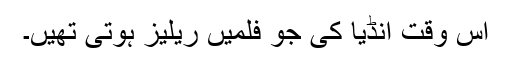
اس وقت انڈیا کی جو فلمیں ریلیز ہوتی تھیں۔